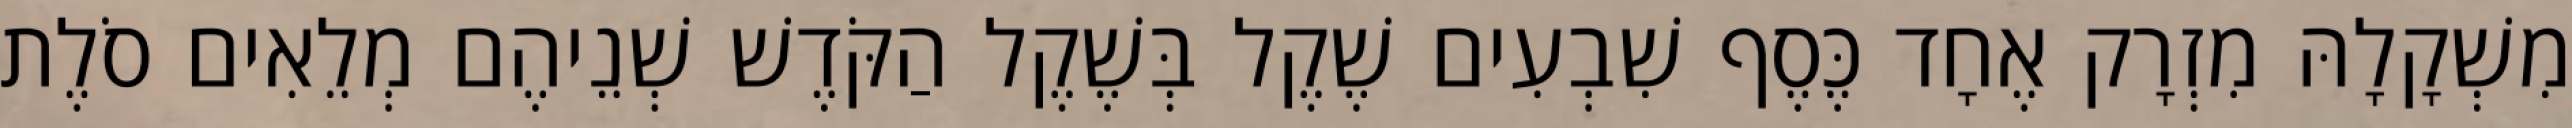
מִשְׁקָלָהּ מִזְרָק אֶחָד כֶּסֶף שִׁבְעִים שֶׁקֶל בְּשֶׁקֶל הַקֹּדֶשׁ שְׁנֵיהֶם מְלֵאִים סֹלֶת